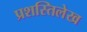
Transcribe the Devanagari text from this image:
प्रशस्तिलेख